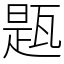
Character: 㼵